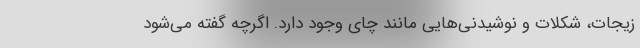
زیجات، شکلات و نوشیدنی‌هایی مانند چای وجود دارد. اگرچه گفته می‌شود